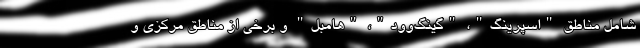
شامل مناطق "اسپرینگ"، "گینگ‌وود"، "هامبل" و برخی از مناطق مرکزی و